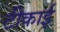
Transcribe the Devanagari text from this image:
टीकाई